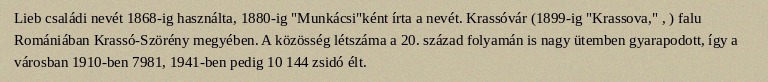
Lieb családi nevét 1868-ig használta, 1880-ig "Munkácsi"ként írta a nevét. Krassóvár (1899-ig "Krassova," , ) falu Romániában Krassó-Szörény megyében. A közösség létszáma a 20. század folyamán is nagy ütemben gyarapodott, így a városban 1910-ben 7981, 1941-ben pedig 10 144 zsidó élt.